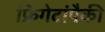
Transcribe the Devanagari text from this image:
फ्रिगेटांपैकी